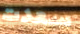
سعدت